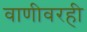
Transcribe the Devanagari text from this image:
वाणीवरही